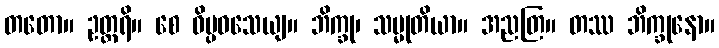
တတော။ ဥတ္တရိ။ စေ ဝိပ္ပဝသေယျ။ ဘိက္ခု၊ သမ္မုတိယာ။ အညတြ။ တဿ ဘိက္ခုနော။